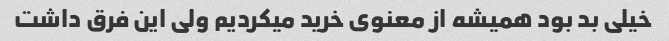
خیلی بد بود همیشه از معنوی خرید میکردیم ولی این فرق داشت